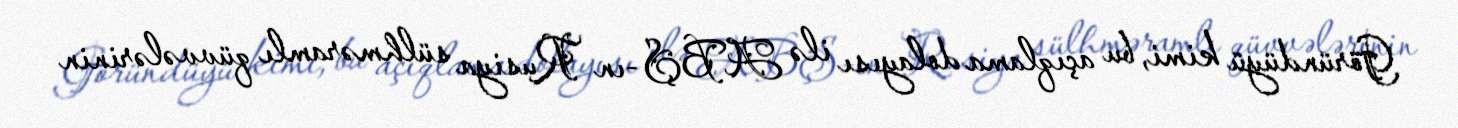
Göründüyü kimi, bu açıqlama dolayısı ilə ABŞ-ın Rusiya sülhməramlı qüvvələrinin